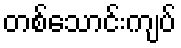
တစ်သောင်းကျပ်